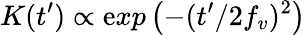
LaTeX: K(t^{\prime})\propto\mathrm{e}xp\left(-(t^{\prime}/2f_{v})^{2}\right)